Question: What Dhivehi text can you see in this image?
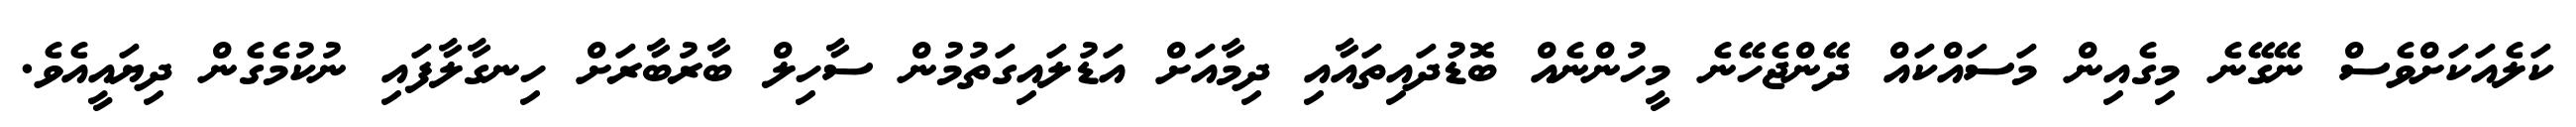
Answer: ކަލެއަކަށްވެސް ނޭގޭނެ މިގެއިން މަސައްކައް ދޭންޖެހޭނެ މީހުންނެއް ބޮޑުދައިތައާއި ދިމާއަށް އަޑުލައިގަތުމުން ސާހިލް ބާރުބާރަށް ހިނގާލާފައި ނުކުމެގެން ދިޔައީއެވެ.